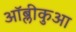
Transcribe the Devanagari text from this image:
ऑब्लीकुआ